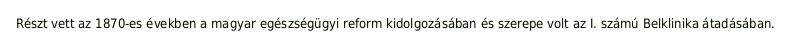
Részt vett az 1870-es években a magyar egészségügyi reform kidolgozásában és szerepe volt az I. számú Belklinika átadásában.